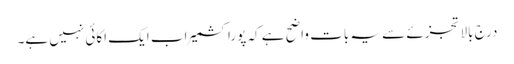
درج بالا تجزئے سے یہ بات واضح ہے کہ پوراکشمیر اب ایک اکائی نہیں ہے۔